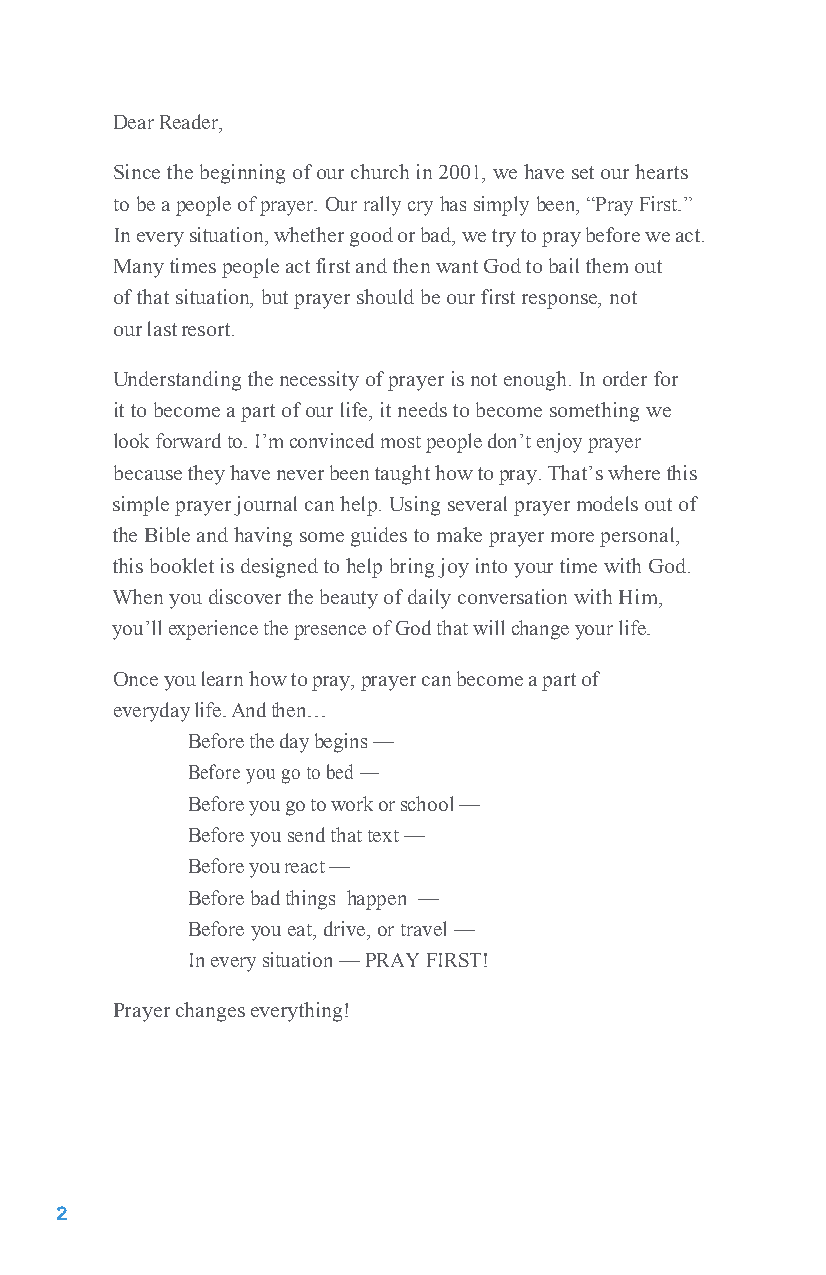
Dear Reader,
 Since the beginning of our church in 2001, we have set our hearts
 to be a people of prayer. Our rally cry has simply been, “Pray First.”
 In every situation, whether good or bad, we try to pray before we act.
 Many times people act first and then want God to bail them out
 of that situation, but prayer should be our first response, not
 our last resort.
 Understanding the necessity of prayer is not enough. In order for
 it to become a part of our life, it needs to become something we
 look forward to. I’m convinced most people don’t enjoy prayer
 because they have never been taught how to pray. That’s where this
 simple prayer journal can help. Using several prayer models out of
 the Bible and having some guides to make prayer more personal,
 this booklet is designed to help bring joy into your time with God.
 When you discover the beauty of daily conversation with Him,
 you’ll experience the presence of God that will change your life.
 Once you learn how to pray, prayer can become a part of
 everyday life. And then…
 Before the day begins —
 Before you go to bed —
 Before you go to work or school —
 Before you send that text —
 Before you react —
 Before bad things happen —
 Before you eat, drive, or travel —
 In every situation — PRAY FIRST!
 Prayer changes everything!
 2